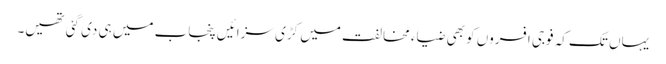
یہاں تک کہ فوجی افسروں کو بھی ضیاء مخالفت میں کڑی سزائیں پنجاب میں ہی دی گئی تھیں۔